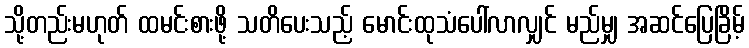
သို့တည်းမဟုတ် ထမင်းစားဖို့ သတိပေးသည့် မောင်းထုသံပေါ်လာလျှင် မည်မျှ အဆင်ပြေခြိမ့်